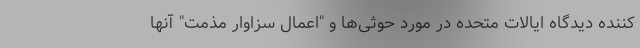
کننده دیدگاه ایالات متحده در مورد حوثی‌ها و "اعمال سزاوار مذمت" آنها